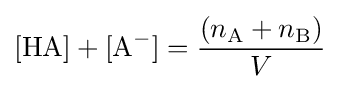
[{\ce {HA}}]+[{\ce {A-}}]={\frac {(n_{{\ce {A}}}+n_{{\ce {B}}})}{V}}